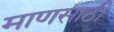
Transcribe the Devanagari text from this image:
माणसाठी